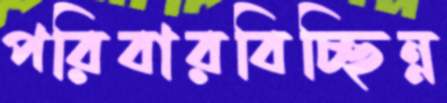
পরিবারবিচ্ছিন্ন